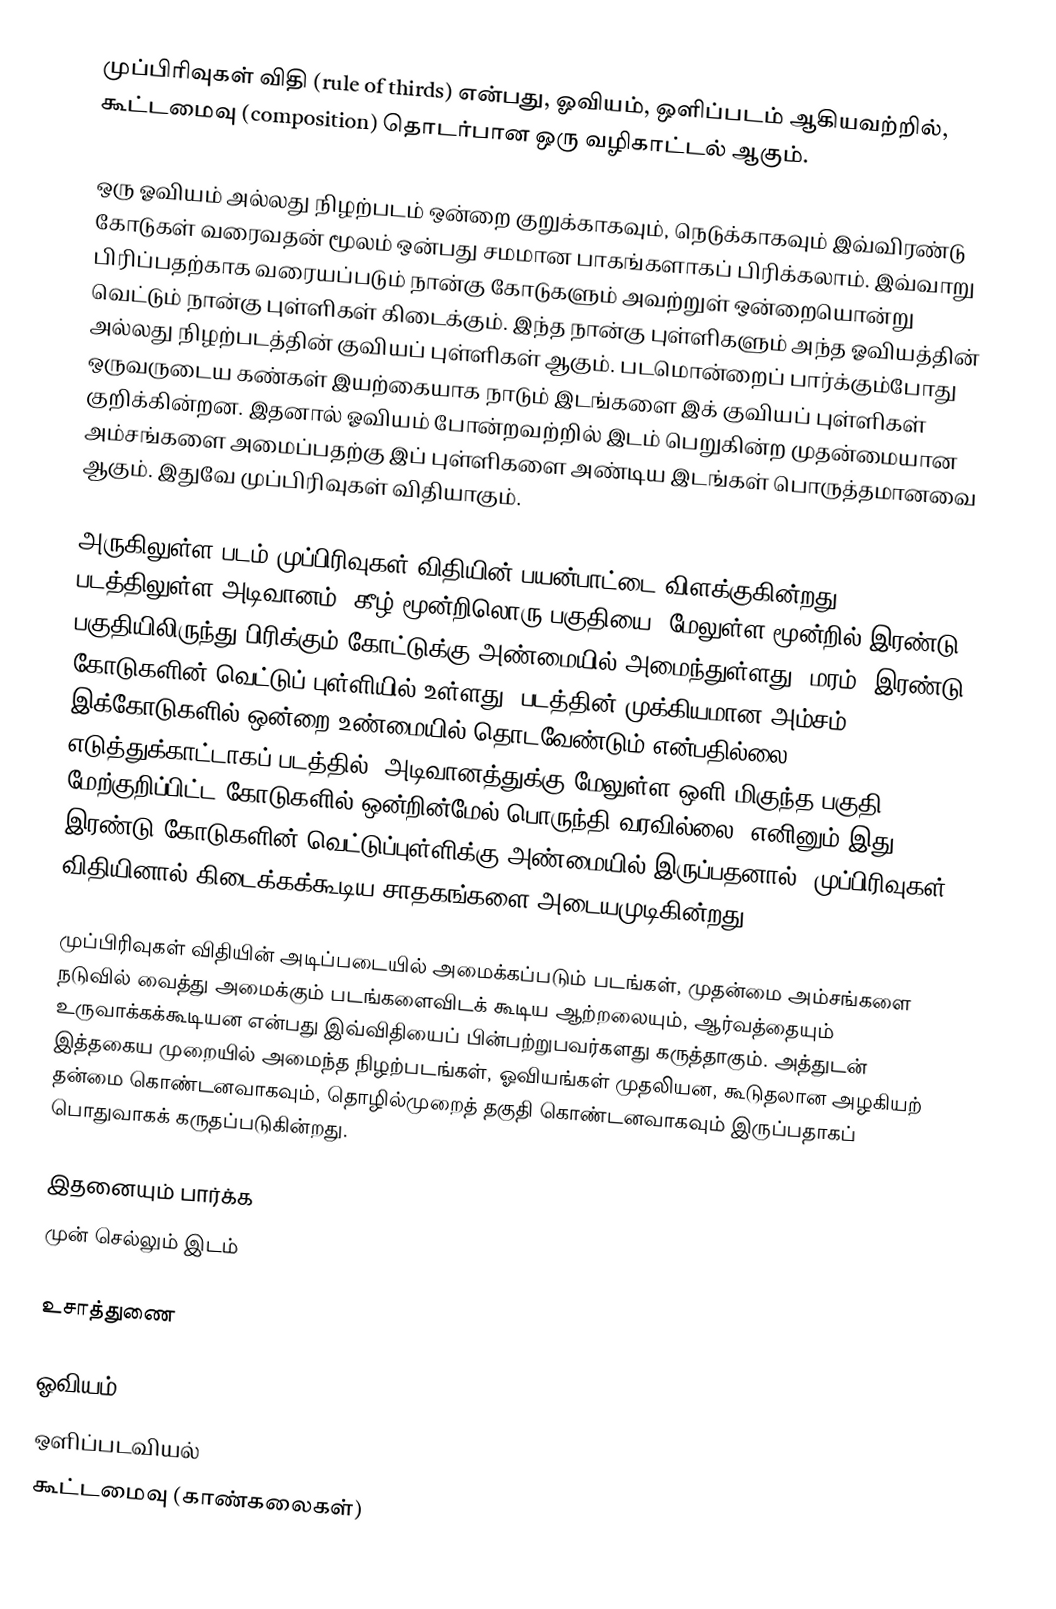
முப்பிரிவுகள் விதி (rule of thirds) என்பது, ஓவியம், ஒளிப்படம் ஆகியவற்றில், கூட்டமைவு (composition) தொடர்பான ஒரு வழிகாட்டல் ஆகும்.

ஒரு ஓவியம் அல்லது நிழற்படம் ஒன்றை குறுக்காகவும், நெடுக்காகவும் இவ்விரண்டு கோடுகள் வரைவதன் மூலம் ஒன்பது சமமான பாகங்களாகப் பிரிக்கலாம். இவ்வாறு பிரிப்பதற்காக வரையப்படும் நான்கு கோடுகளும் அவற்றுள் ஒன்றையொன்று வெட்டும் நான்கு புள்ளிகள் கிடைக்கும். இந்த நான்கு புள்ளிகளும் அந்த ஓவியத்தின் அல்லது நிழற்படத்தின் குவியப் புள்ளிகள் ஆகும். படமொன்றைப் பார்க்கும்போது ஒருவருடைய கண்கள் இயற்கையாக நாடும் இடங்களை இக் குவியப் புள்ளிகள் குறிக்கின்றன. இதனால் ஓவியம் போன்றவற்றில் இடம் பெறுகின்ற முதன்மையான அம்சங்களை அமைப்பதற்கு இப் புள்ளிகளை அண்டிய இடங்கள் பொருத்தமானவை ஆகும். இதுவே முப்பிரிவுகள் விதியாகும்.

அருகிலுள்ள படம் முப்பிரிவுகள் விதியின் பயன்பாட்டை விளக்குகின்றது. படத்திலுள்ள அடிவானம், கீழ் மூன்றிலொரு பகுதியை, மேலுள்ள மூன்றில் இரண்டு பகுதியிலிருந்து பிரிக்கும் கோட்டுக்கு அண்மையில் அமைந்துள்ளது. மரம், இரண்டு கோடுகளின் வெட்டுப் புள்ளியில் உள்ளது. படத்தின் முக்கியமான அம்சம், இக்கோடுகளில் ஒன்றை உண்மையில் தொடவேண்டும் என்பதில்லை. எடுத்துக்காட்டாகப் படத்தில், அடிவானத்துக்கு மேலுள்ள ஒளி மிகுந்த பகுதி மேற்குறிப்பிட்ட கோடுகளில் ஒன்றின்மேல் பொருந்தி வரவில்லை. எனினும் இது, இரண்டு கோடுகளின் வெட்டுப்புள்ளிக்கு அண்மையில் இருப்பதனால், முப்பிரிவுகள் விதியினால் கிடைக்கக்கூடிய சாதகங்களை அடையமுடிகின்றது.

முப்பிரிவுகள் விதியின் அடிப்படையில் அமைக்கப்படும் படங்கள், முதன்மை அம்சங்களை நடுவில் வைத்து அமைக்கும் படங்களைவிடக் கூடிய ஆற்றலையும், ஆர்வத்தையும் உருவாக்கக்கூடியன என்பது இவ்விதியைப் பின்பற்றுபவர்களது கருத்தாகும். அத்துடன் இத்தகைய முறையில் அமைந்த நிழற்படங்கள், ஓவியங்கள் முதலியன, கூடுதலான அழகியற் தன்மை கொண்டனவாகவும், தொழில்முறைத் தகுதி கொண்டனவாகவும் இருப்பதாகப் பொதுவாகக் கருதப்படுகின்றது.

இதனையும் பார்க்க
முன் செல்லும் இடம்

உசாத்துணை

ஓவியம்
ஒளிப்படவியல்
கூட்டமைவு (காண்கலைகள்)